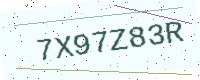
Text: 7X97Z83R